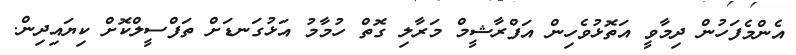
އެންމެފަހުން ދިމާވީ އަތޮޅުވެހިން އަފްރާޝީމް މަރާލި ގޮތް ހުމާމު އަޅުގަނޑަށް ތަފްސީލްކޮށް ކިޔައިދިން.